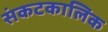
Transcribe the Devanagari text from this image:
संकटकालिक